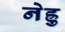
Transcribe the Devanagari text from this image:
नेह्रु